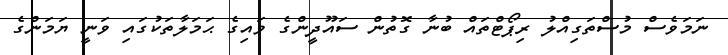
ނަމަވެސް މުސްތަގިއްލު ރިޕޯޓްތައް ބުނާ ގޮތުން ސައޫދީންގެ ވައިގެ ޙަމަލާތަކުގައި ވަނީ ޔަމަންގެ